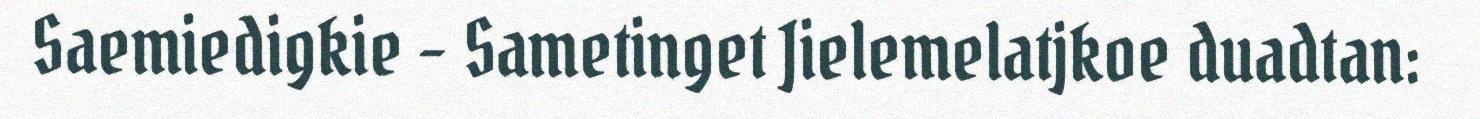
Saemiedigkie - Sametinget Jielemelatjkoe duadtan: